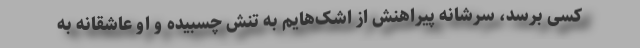
کسی برسد، سرشانه پیراهنش از اشک‌هایم به تنش چسبیده و او عاشقانه به